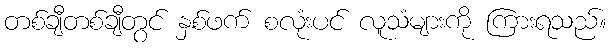
တစ်ချီတစ်ချီတွင် နှစ်ဖက် စလုံးပင် လူသံများကို ကြားရသည်။